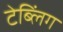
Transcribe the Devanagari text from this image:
टेब्लिंग